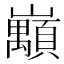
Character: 𡿅